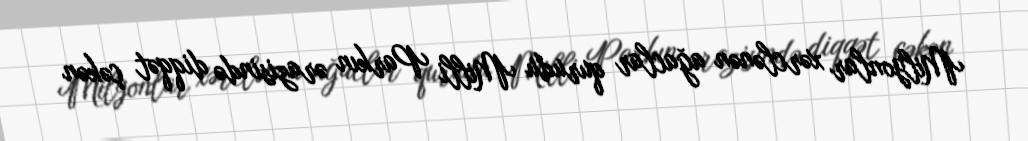
Milyonlar xərclənən ağaclar qurudu Milli Parkın ərazisində diqqət çəkən